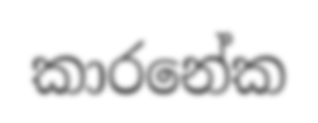
කාරනේක